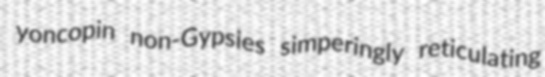
yoncopin non-Gypsies simperingly reticulating